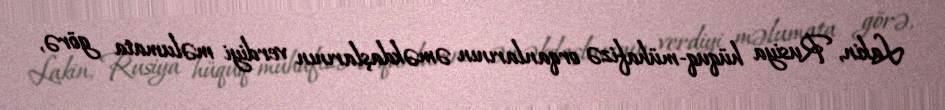
Lakin, Rusiya hüquq-mühafizə orqanlarının əməkdaşlarının verdiyi məlumata görə,